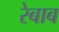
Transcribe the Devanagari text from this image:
रेबाब